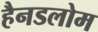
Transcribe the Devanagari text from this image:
हैनडलोम